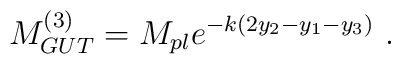
M_{GUT}^{(3)} = M_{pl} e^{-k (2y_2-y_1-y_3)}  ~.~ \,